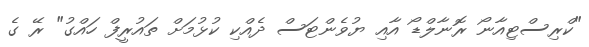
"ކްރިސްޓިއާނޯ ރޮނާލްޑޯ އާއި ޔުވެންޓަސް ދެއްކި ކުޅުމަށް ތައުރީފް ހައްގު" ރޭ ގެ